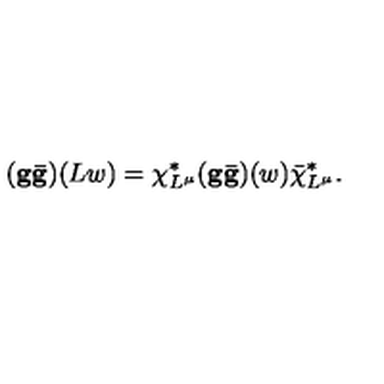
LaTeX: ( { \bf g \bar { g } } ) ( L w ) = \chi _ { L ^ { \mu } } ^ { * } ( { \bf g \bar { g } } ) ( w ) \bar { \chi } _ { L ^ { \mu } } ^ { * } .